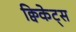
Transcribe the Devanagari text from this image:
क्विकेट्स